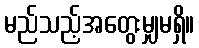
မည်သည့်အတွေးမျှမရှိ။